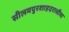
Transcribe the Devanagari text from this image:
सीलमपुरशाहदरासीमा